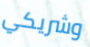
وشريكي